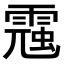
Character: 𩄁